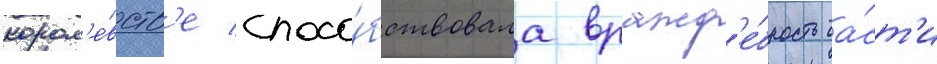
корол'е́вств'е спосо́бствовала вражд'е́бность ча́ст'и